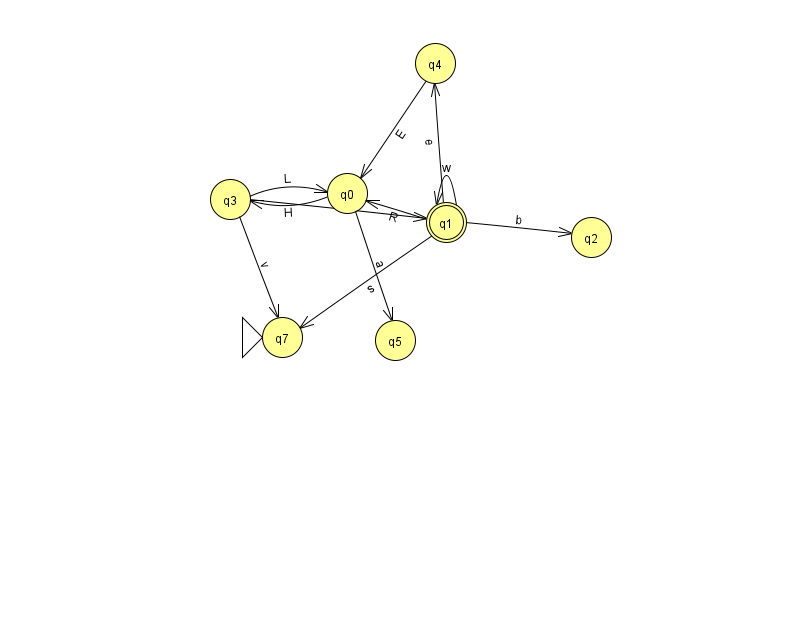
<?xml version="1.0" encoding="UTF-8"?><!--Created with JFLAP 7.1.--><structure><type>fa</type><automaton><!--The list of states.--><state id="0" name="q0"><x>347.0</x><y>180.0</y></state><state id="1" name="q1"><x>446.0</x><y>209.0</y><final/></state><state id="2" name="q2"><x>591.0</x><y>224.0</y></state><state id="3" name="q3"><x>230.0</x><y>186.0</y></state><state id="4" name="q4"><x>435.0</x><y>50.0</y></state><state id="5" name="q5"><x>395.0</x><y>327.0</y></state><state id="7" name="q7"><x>282.0</x><y>324.0</y><initial/></state><!--The list of transitions.--><transition><from>0</from><to>5</to><read>a</read></transition><transition><from>1</from><to>7</to><read>s</read></transition><transition><from>4</from><to>0</to><read>E</read></transition><transition><from>1</from><to>2</to><read>b</read></transition><transition><from>1</from><to>1</to><read>w</read></transition><transition><from>3</from><to>0</to><read>L</read></transition><transition><from>3</from><to>7</to><read>v</read></transition><transition><from>3</from><to>1</to><read>T</read></transition><transition><from>0</from><to>3</to><read>H</read></transition><transition><from>1</from><to>0</to><read>R</read></transition><transition><from>1</from><to>4</to><read>e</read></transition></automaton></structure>